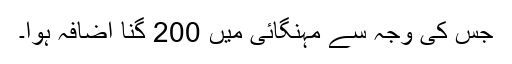
جس کی وجہ سے مہنگائی میں 200 گنا اضافہ ہوا۔